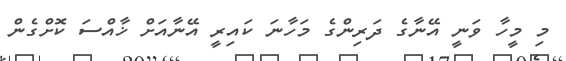
މި މީހާ ވަނީ އޭނާގެ ދަރިންގެ މަހާނަ ކައިރީ އޭނާއަށް ޚާއްސަ ކޮށްގެން